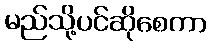
မည်သို့ပင်ဆိုစေကာ